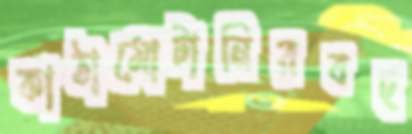
কাঠামোটানিরবচ্